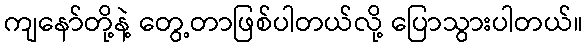
ကျနော်တို့နဲ့ တွေ့တာဖြစ်ပါတယ်လို့ ပြောသွားပါတယ်။